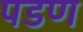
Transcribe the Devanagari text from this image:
पडण